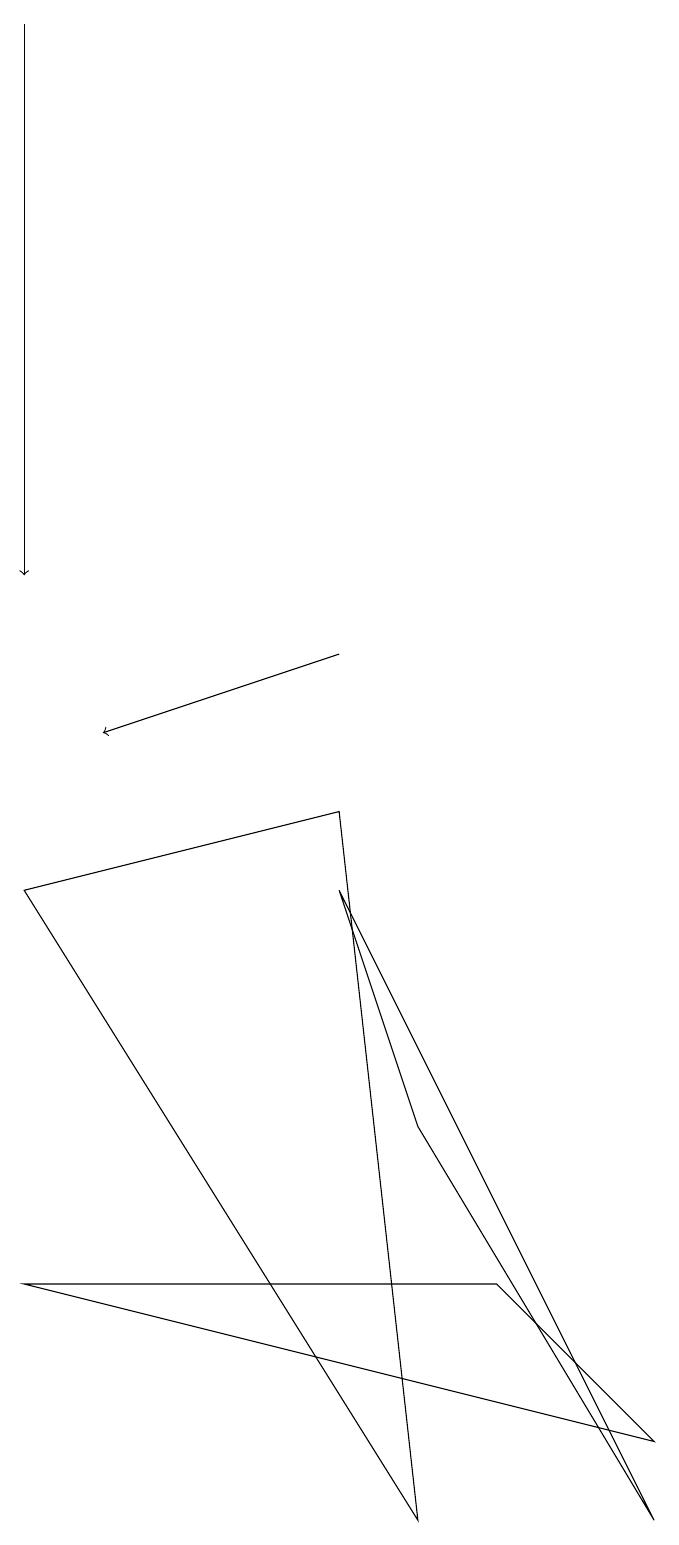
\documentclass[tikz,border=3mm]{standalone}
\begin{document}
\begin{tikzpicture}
\draw[->] (1,19) -- (1,12);
\draw (1,8) -- (6,0) -- (5,9) -- cycle;
\draw (7,3) -- (1,3) -- (9,1) -- cycle;
\draw[->] (5,11) -- (2,10);
\draw (6,5) -- (9,0) -- (5,8) -- cycle;
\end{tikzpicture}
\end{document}